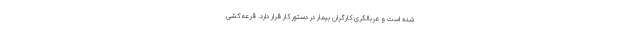
شده است و غربالگری کارگران بیمار در دستور کار قرار دارد. قرعه‌ کشی‌